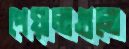
পেয়ালাগুলো